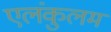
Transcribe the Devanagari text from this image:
एलंकुलम